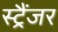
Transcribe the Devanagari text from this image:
स्ट्रैंजर